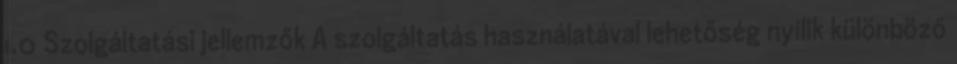
1.0 Szolgáltatási jellemzők A szolgáltatás használatával lehetőség nyílik különböző